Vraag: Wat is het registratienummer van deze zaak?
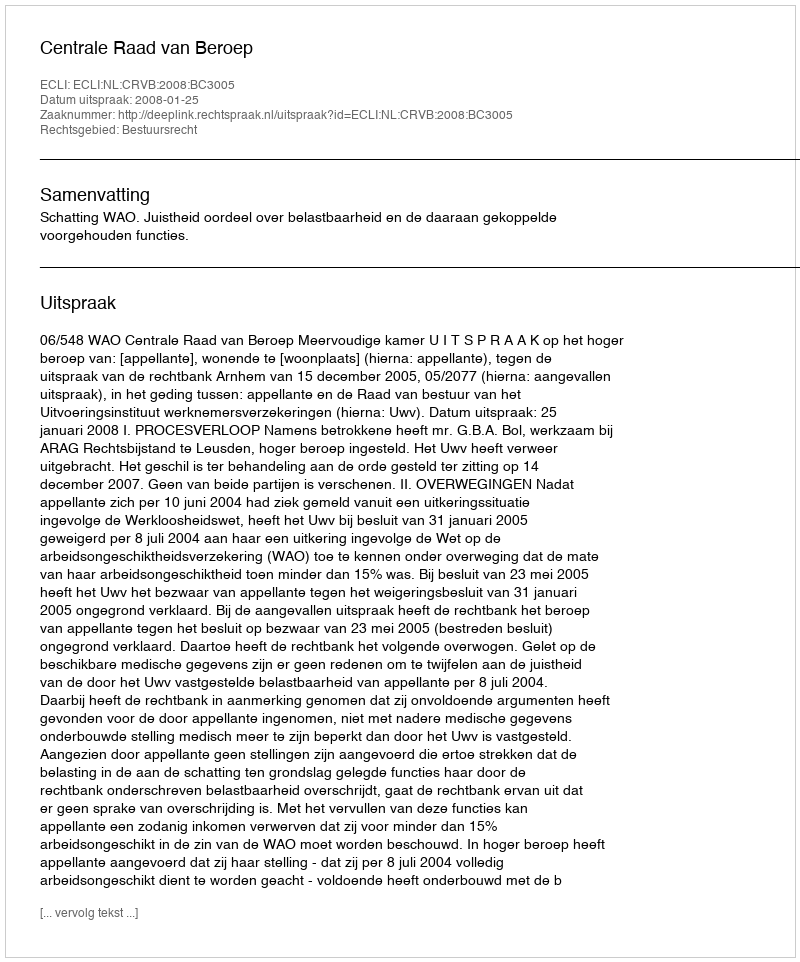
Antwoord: http://deeplink.rechtspraak.nl/uitspraak?id=ECLI:NL:CRVB:2008:BC3005